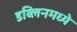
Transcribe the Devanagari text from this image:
डब्लिनमध्ये